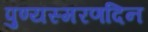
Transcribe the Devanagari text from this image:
पुण्यस्मरणदिन